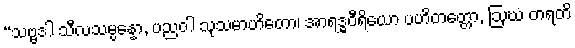
“သဗ္ဗဒါ သီလသမ္ပန္နော, ပညဝါ သုသမာဟိတော၊ အာရဒ္ဓဝီရိယော ပဟိတတ္တော, ဩဃံ တရတိ